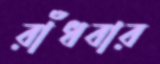
রাঁধবার